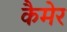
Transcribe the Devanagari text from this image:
कैमेर